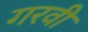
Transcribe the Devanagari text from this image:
गरवी